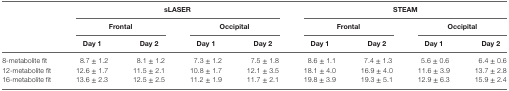
|  | <COLSPAN=4> sLASER | <COLSPAN=4> STEAM |
 |  | <COLSPAN=2> Frontal | <COLSPAN=2> Occipital | <COLSPAN=2> Frontal | <COLSPAN=2> Occipital |
 |  | Day 1 | Day 2 | Day 1 | Day 2 | Day 1 | Day 2 | Day 1 | Day 2 |
 | --- | --- | --- | --- | --- | --- | --- | --- | --- |
 | 8-metabolite fit | 8.7 ± 1.2 | 8.1 ± 1.2 | 7.3 ± 1.2 | 7.5 ± 1.8 | 8.6 ± 1.1 | 7.4 ± 1.3 | 5.6 ± 0.6 | 6.4 ± 0.6 |
 | 12-metabolite fit | 12.6 ± 1.7 | 11.5 ± 2.1 | 10.8 ± 1.7 | 12.1 ± 3.5 | 18.1 ± 4.0 | 16.9 ± 4.0 | 11.6 ± 3.9 | 13.7 ± 2.8 |
 | 16-metabolite fit | 13.6 ± 2.3 | 12.5 ± 2.5 | 11.2 ± 1.9 | 11.7 ± 2.1 | 19.8 ± 3.9 | 19.3 ± 5.1 | 12.9 ± 6.3 | 15.9 ± 2.4 |